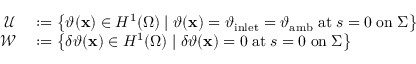
\begin{array} { r l } { \mathcal { U } } & { { } : = \left\{ \vartheta ( \mathbf { x } ) \in H ^ { 1 } ( \Omega ) \; \vert \; \vartheta ( \mathbf { x } ) = \vartheta _ { \mathrm { i n l e t } } = \vartheta _ { \mathrm { a m b } } \; \mathrm { a t } \; s = 0 \; \mathrm { o n } \; \Sigma \right\} } \\ { \mathcal { W } } & { { } : = \left\{ \delta \vartheta ( \mathbf { x } ) \in H ^ { 1 } ( \Omega ) \; \vert \; \delta \vartheta ( \mathbf { x } ) = 0 \; \mathrm { a t } \; s = 0 \; \mathrm { o n } \; \Sigma \right\} } \end{array}